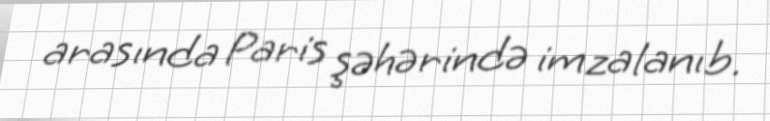
arasında Paris şəhərində imzalanıb.